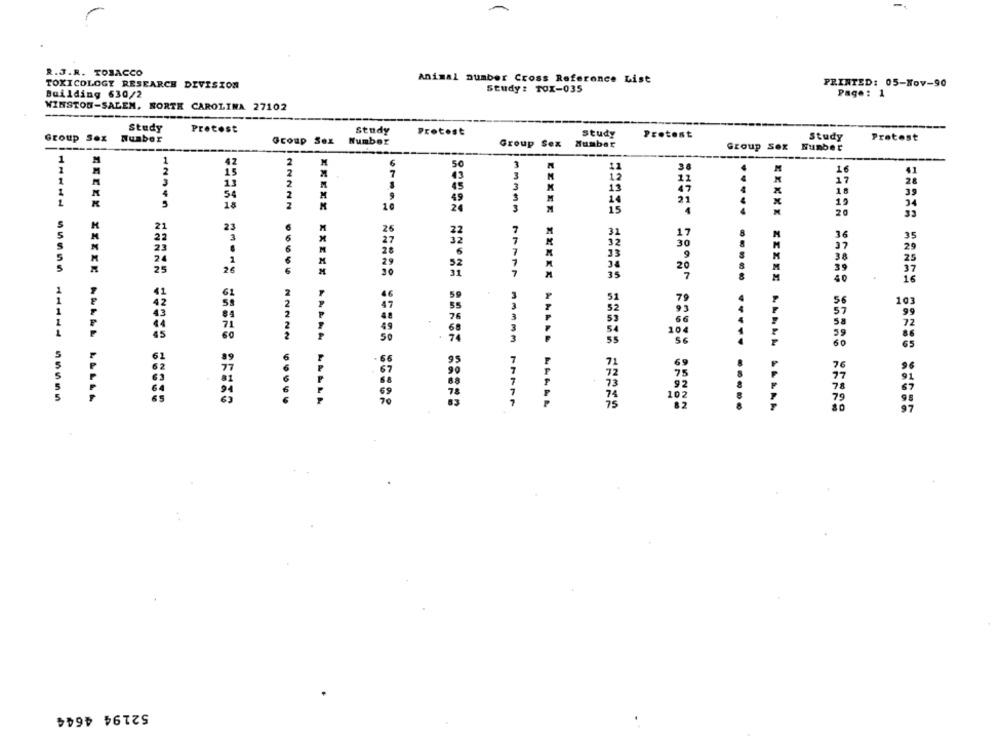
R.J.R. TOBACCO
Animal number Cross Reference List
PRINTED: 05-Nov-90
TOXICOLOGY RESEARCH DEVISION
Study: TOX-035
Building 630/2
Page: 1
WINSTON-SALEM, NORTH CAROLINA 27102
Study
Protost
Study
Protost
study
Protest
Group Sox Number
Group Sex Number
Study
Protest
--
Group Sex Number
Group Sex Number
-----
----
---
1
M
1
42
2
6
3
2
36
M
16
1
2
7
43
3
12
17
1
3
13
2
45
3
13
11
28
4
2
16
39
54
49
21
x
5
18
10
24
3
19
34
20
33
21
23
22
3
32
36
35
32
33
9
37
29
3.8
25
34
20
39
37
25
31
33333 77777
35
M
40
16
61
3
103
43
71
72
45
86
65
S
7
5
91
7
...
7
ARSAL LALLA
63
70
7
===== ===== ==== =====
..
97
52194 4644